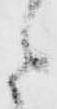
た